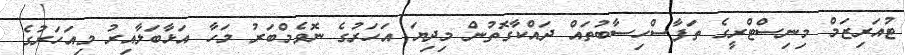
ޓުއަރިޒަމް މިނިސްޓްރީގެ ތަފާސްހިސާބުތައް ދައްކާގޮތުން މިދިޔަ އަހަރުގެ ނޮވެމްބަރު މަހާ އަޅާބަލާއިރު މިއަހަރުގެ